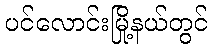
ပင်လောင်းမြို့နယ်တွင်